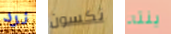
نرد نكسون ينته